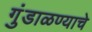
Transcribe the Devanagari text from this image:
गुंडाळण्याचे